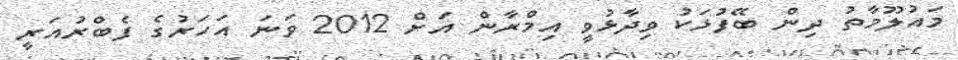
މައުލޫމާތު ދިން ބޭފުޅަކު ވިދާޅުވީ އިމްރާން އަށް 2012 ވަނަ އަހަރުގެ ފެބްރުއަރީ